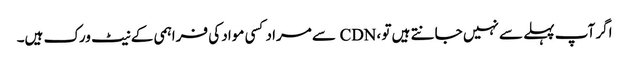
اگر آپ پہلے سے نہیں جانتے ہیں تو ، CDN سے مراد کسی مواد کی فراہمی کے نیٹ ورک ہیں۔